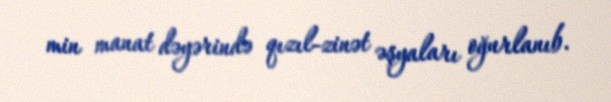
min manat dəyərində qızıl-zinət əşyaları oğurlanıb.